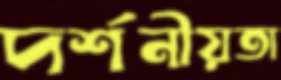
দর্শনীয়তা